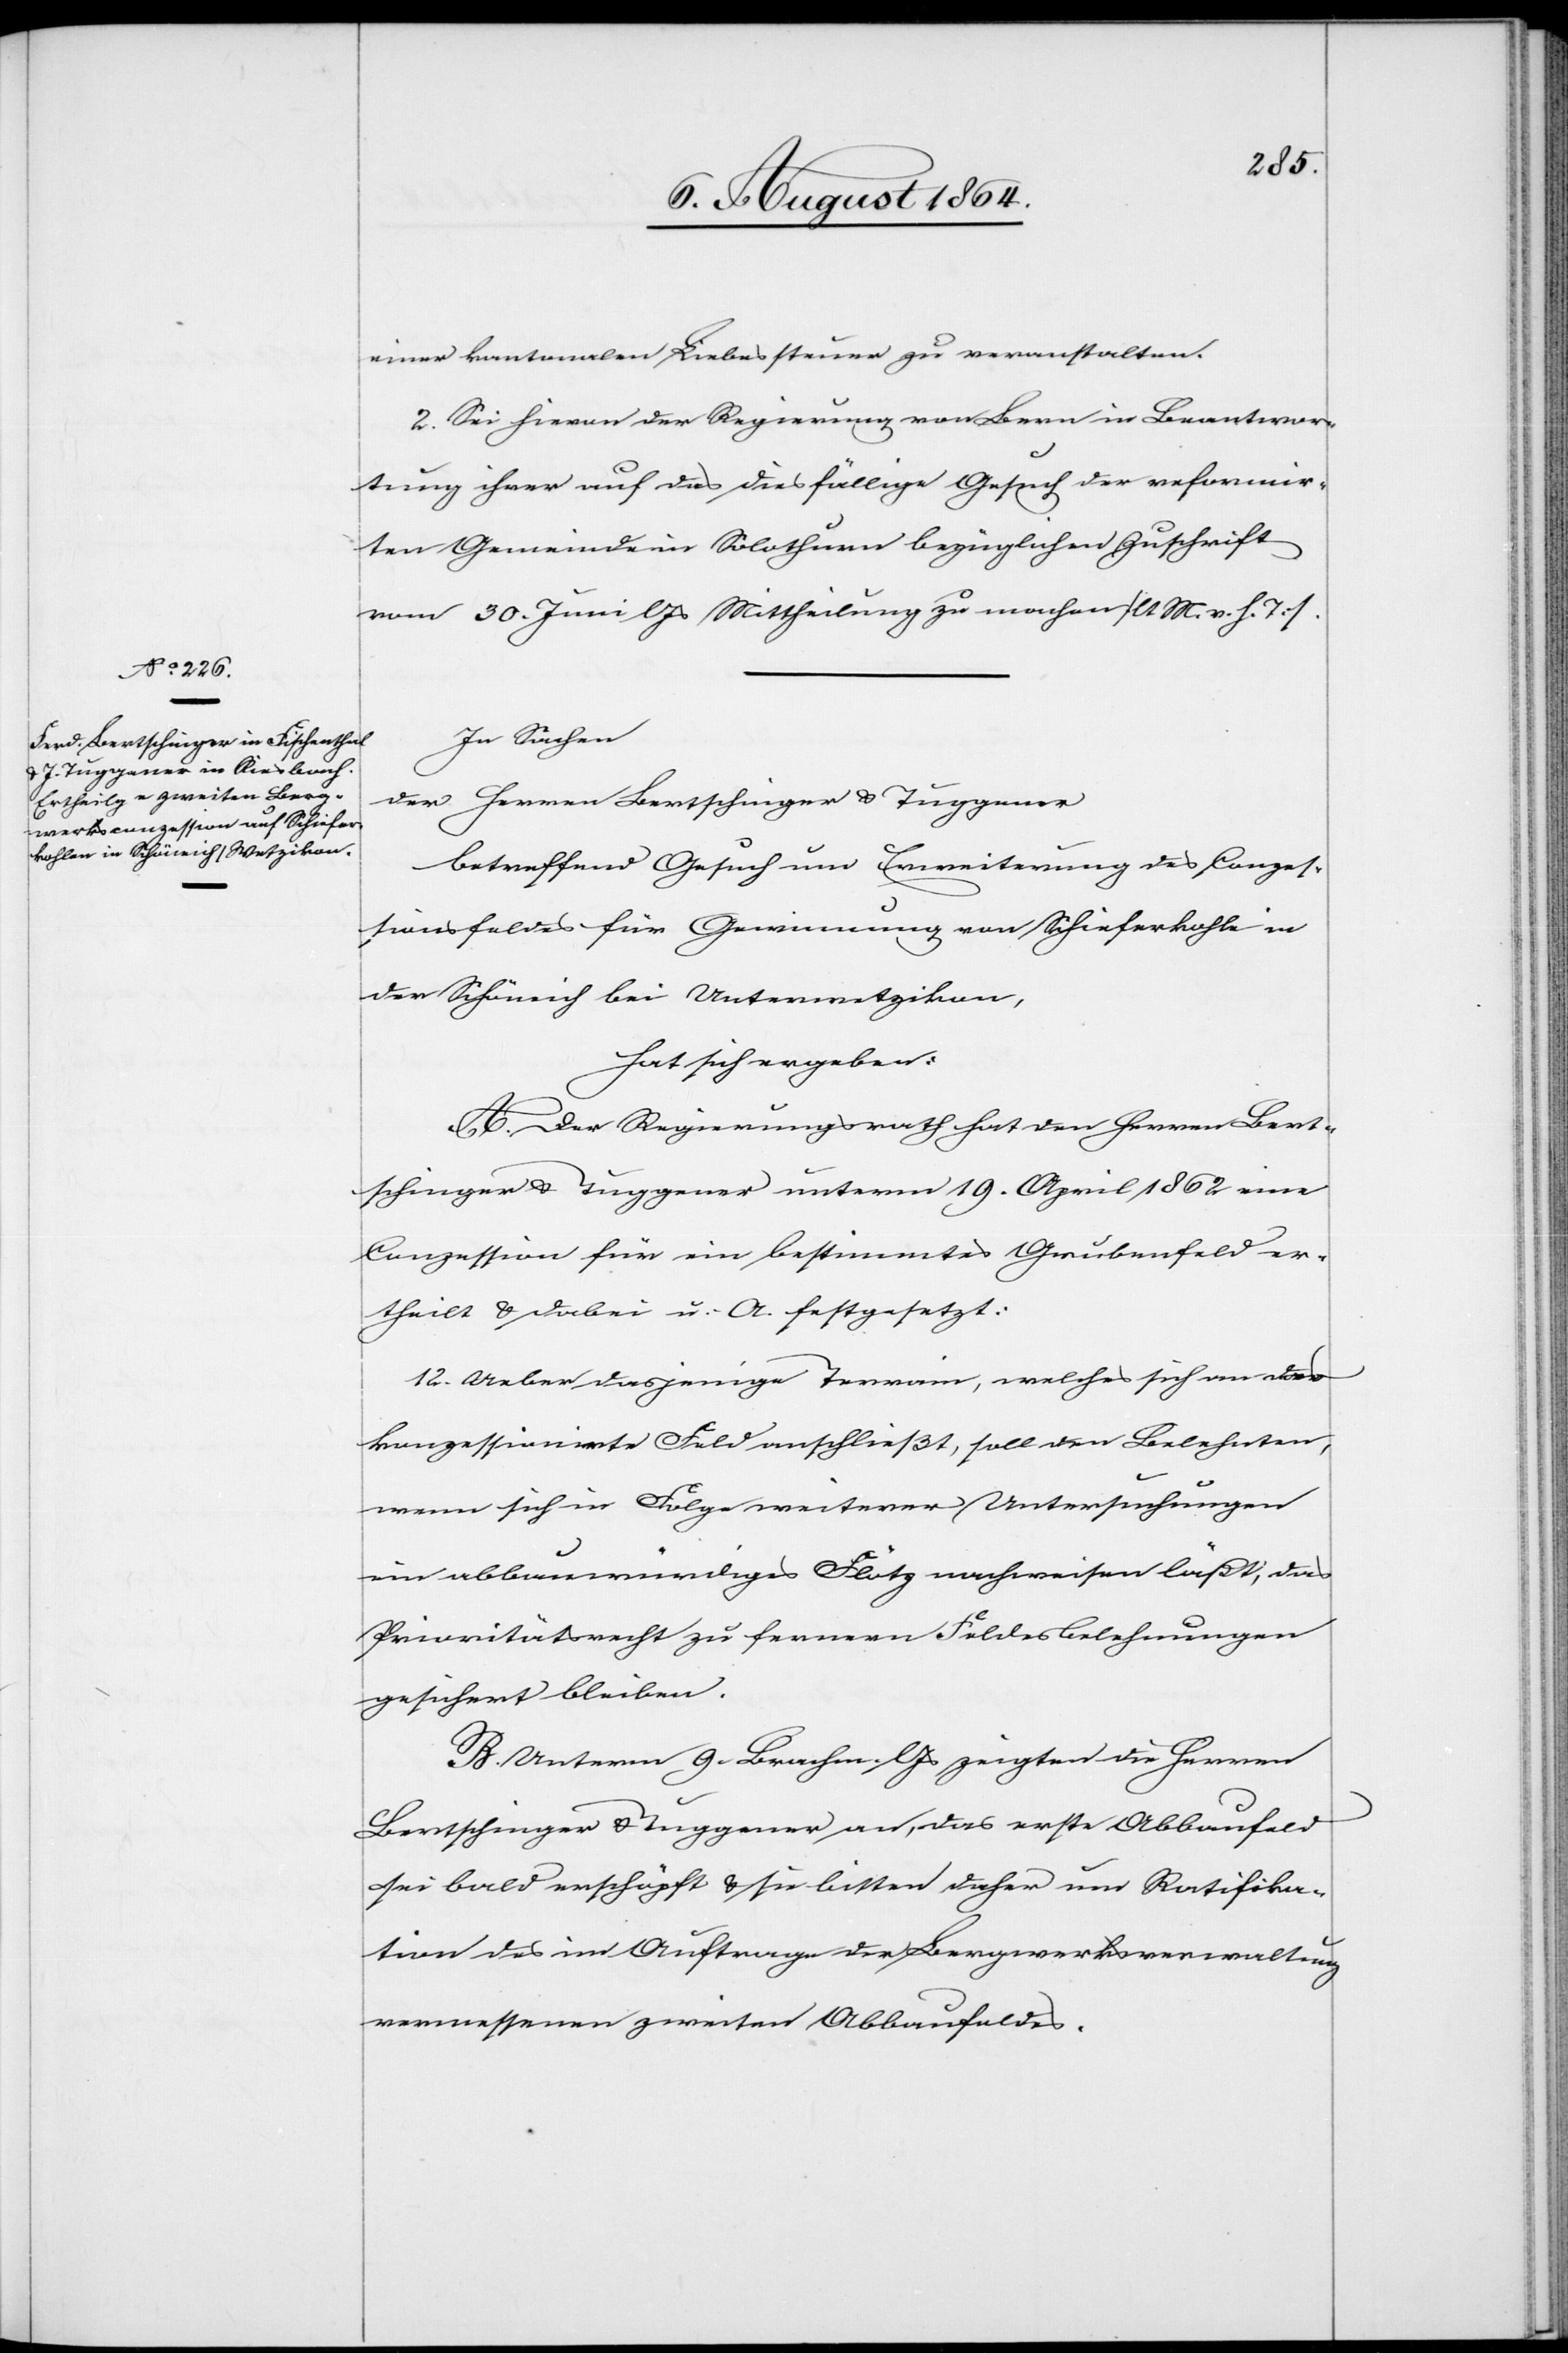
einer kantonalen Liebessteuer zu veranstalten.
2. Sei hievon der Regierung von Bern in Beantwor¬
tung ihrer auf das diesfällige Gesuch der reformir¬
ten Gemeinde in Solothurn bezüglich Zuschrift
vom 30. Juni l. Js. Mittheilung zu machen [l. M. v. h. T.].
In Sachen
der Herren Bertschinger & Tuggener
betreffend Gesuch um Erweiterung des Conzes¬
sionsfeldes für Gewinnung von Schieferkohle in
der Schöneich bei Unterwetzikon,
hat sich ergeben:
A. Der Regierungsrath hat den Herren Bert¬
schinger & Tuggener unterm 19. April 1862 eine
Conzession für ein bestimmtes Grubenfeld er¬
theilt & dabei u. A. festgesetzt:
12. Ueber dasjenige Terrain, welches sich an das
konzessionirte Feld anschließt, soll den Belehnten,
wenn sich in Folge weiterer Untersuchungen
ein abbauwürdiges Flötz nachweisen läßt, das
Prioritätsrecht zu fernern Feldesbelehnungen
gesichert bleiben.
B. Unterm 9. Brachm. l. Js. zeigten die Herren
Bertschinger & Tuggener an, das erste Abbaufeld
sei bald erschöpft & sie bitten daher um Ratifika¬
tion des im Auftrage der Bergwerksverwaltung
vermessenen zweiten Abbaufeldes.